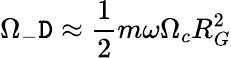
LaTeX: \Omega_{-}\mathtt{D}\approx\frac{{1}}{{2}}m\omega\Omega_{c}R_{G}^{2}